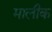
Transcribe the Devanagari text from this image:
मालीक